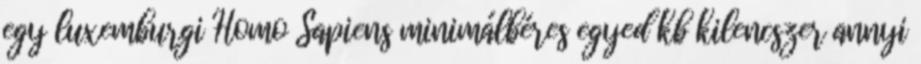
egy luxemburgi Homo Sapiens minimálbéres egyed kb kilencszer annyi